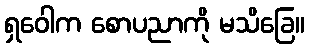
ရှဝေါက စောပညာကို မသိခြေ။